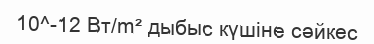
10^-12 Вт/m² дыбыс күшіне сәйкес